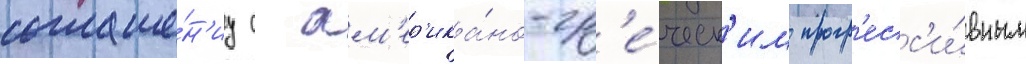
соглаше́н'иу с ам'ер'ика́но-гр'е́ческ'им прогр'есс'и́вным